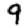
Digit: 9